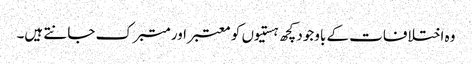
وہ اختلافات کے باوجود کچھ ہستیوں کو معتبر اور متبرک جانتے ہیں۔